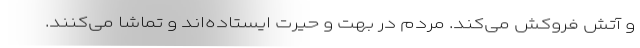
و آتش فروکش می‌کند. مردم در بهت و حیرت ایستاده‌اند و تماشا می‌کنند.